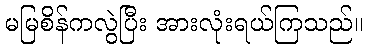
မမြစိန်ကလွဲပြီး အားလုံးရယ်ကြသည်။